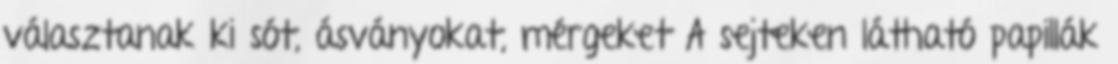
választanak ki sót, ásványokat, mérgeket A sejteken látható papillák